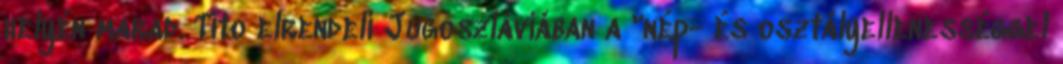
helyén marad. Tito elrendeli Jugoszláviában a "nép- és osztályellenességgel